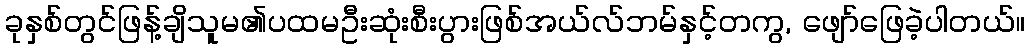
ခုနှစ်တွင်ဖြန့်ချိသူမ၏ပထမဦးဆုံးစီးပွားဖြစ်အယ်လ်ဘမ်နှင့်တကွ, ဖျော်ဖြေခဲ့ပါတယ်။